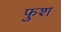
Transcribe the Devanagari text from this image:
फुश